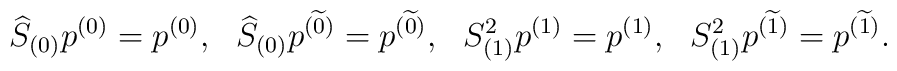
\widehat{S}_{(0)}p^{( 0)}=p^{( 0)},~~\widehat{S}_{(0)}p^{(\widetilde{0})}=p^{(\widetilde{0})} ,~~S_{(1)}^2 p^{(1)}=p^{(1)},~~S^2_{(1)}p^{(\widetilde{1})}=p^{(\widetilde{1})} .